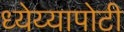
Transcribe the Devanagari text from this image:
ध्‍येय्यापोटी